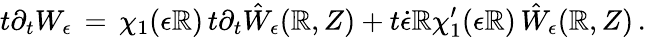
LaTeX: t\partial_{t}W_{\epsilon}\, =\, \chi_{1}(\epsilon\mathbb{R})\, t\partial_{t}\hat{{W}}_{\epsilon}(\mathbb{R},Z)+t\dot{{\epsilon}}\mathbb{R}\chi_{1}^{\prime}(\epsilon\mathbb{R})\, \hat{{W}}_{\epsilon}(\mathbb{R},Z)\, .